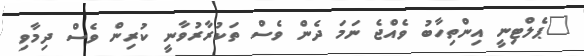
"ޕެލްޓިނީ އިންތިހާބު ވެއްޖެ ނަމަ ދެން ވެސް ތަކުރާރުވާނީ ކުރިން ވެސް ދިމާވި